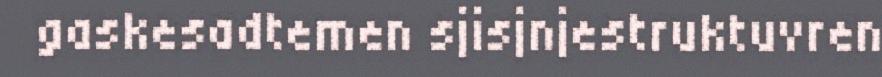
gaskesadtemen sjisjnjestruktuvren